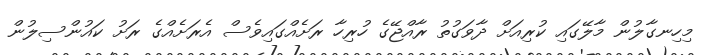
މިހިނގާލުން މާލޭގައި ކުރިއަށް ދާވަގުތު ރާއްޖޭގެ ހުރިހާ ރަށެއްގައިވެސް އެރަށެއްގެ ރަށު ކައުންސިލުން